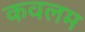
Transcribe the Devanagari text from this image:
कवलम